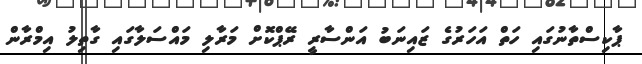
ޕާކިސްތާނުގައި ހަތް އަހަރުގެ ޒައިނަބު އަންސާރީ ރޭޕްކޮށް މަރާލި މައްސަލާގައި ގާތިލު އިމްރާން